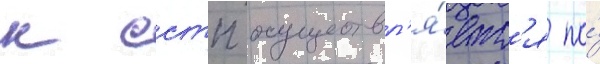
к сстп осуществл'я́етс'я по́